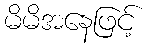
မိမိအနေဖြင့်